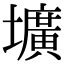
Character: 壙